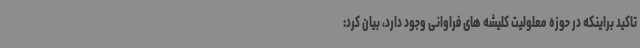
تاکید براینکه در حوزه معلولیت کلیشه های فراوانی وجود دارد، بیان کرد: